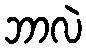
ဘာလဲ